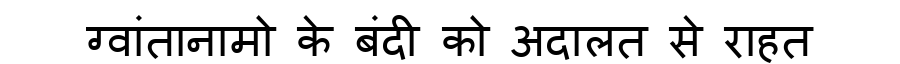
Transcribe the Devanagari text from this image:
ग्वांतानामो के बंदी को अदालत से राहत